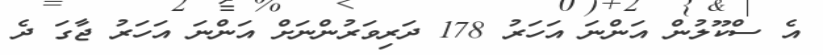
އެ ސްކޫލުން އަންނަ އަހަރު 178 ދަރިވަރުންނަށް އަންނަ އަހަރު ޖާގަ ދެ